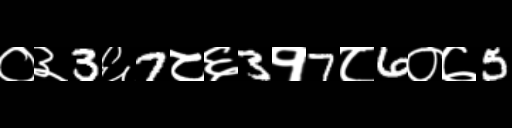
Text: ०३3६7८६3१7८6०७5